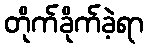
တိုက်ခိုက်ခဲ့ရာ